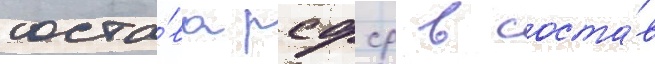
соста́ва рсфср в соста́в